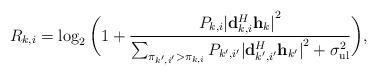
LaTeX: \begin{align*} R_{k,i}=\log_{2}\bigg(1+\frac{P_{k,i}{\lvert \mathbf{d}_{k,i}^{H}\mathbf{h}_{k} \rvert}^{2}}{\sum_{\pi_{k',i'}>\pi_{k,i}}P_{k',i'}{\lvert \mathbf{d}_{k',i'}^{H}\mathbf{h}_{k'} \rvert}^{2}+\sigma_{\textrm{ul}}^{2}}\bigg),\end{align*}